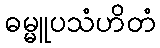
ဓမ္မူပသံဟိတံ